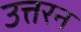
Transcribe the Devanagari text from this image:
उत्तरन